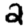
Digit: 2